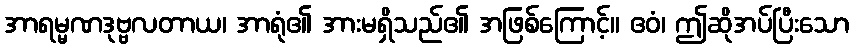
အာရမ္မဏဒုဗ္ဗလတာယ၊ အာရုံ၏ အားမရှိသည်၏ အဖြစ်ကြောင့်။ ဧဝံ၊ ဤဆိုအပ်ပြီးသော